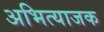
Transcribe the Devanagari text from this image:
अभित्याजक